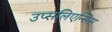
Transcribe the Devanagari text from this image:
उप्सलिएन्सिस